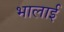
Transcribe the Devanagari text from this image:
भालाई